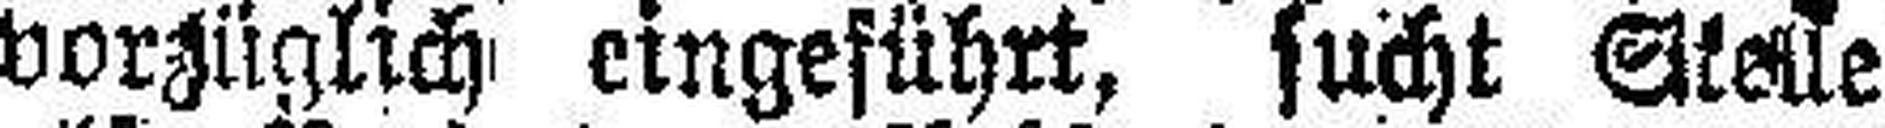
vorzüglich eingeführt, sucht Stelle